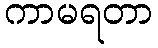
ကာမရတာ